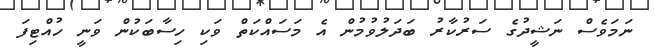
ނަމަވެސް ނަޝީދުގެ ސަރުކާރު ބަދަލުވުމުން އެ މަސައްކަތް ވަކި ހިސާބަކުން ވަނީ ހުއްޓިފަ